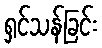
ရှင်သန်ခြင်း